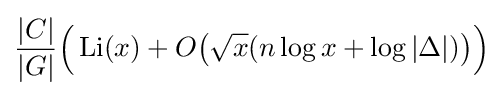
{\frac {|C|}{|G|}}{\Bigl (}\operatorname {Li} (x)+O{\bigl (}{\sqrt {x}}(n\log x+\log |\Delta |){\bigr )}{\Bigr )}